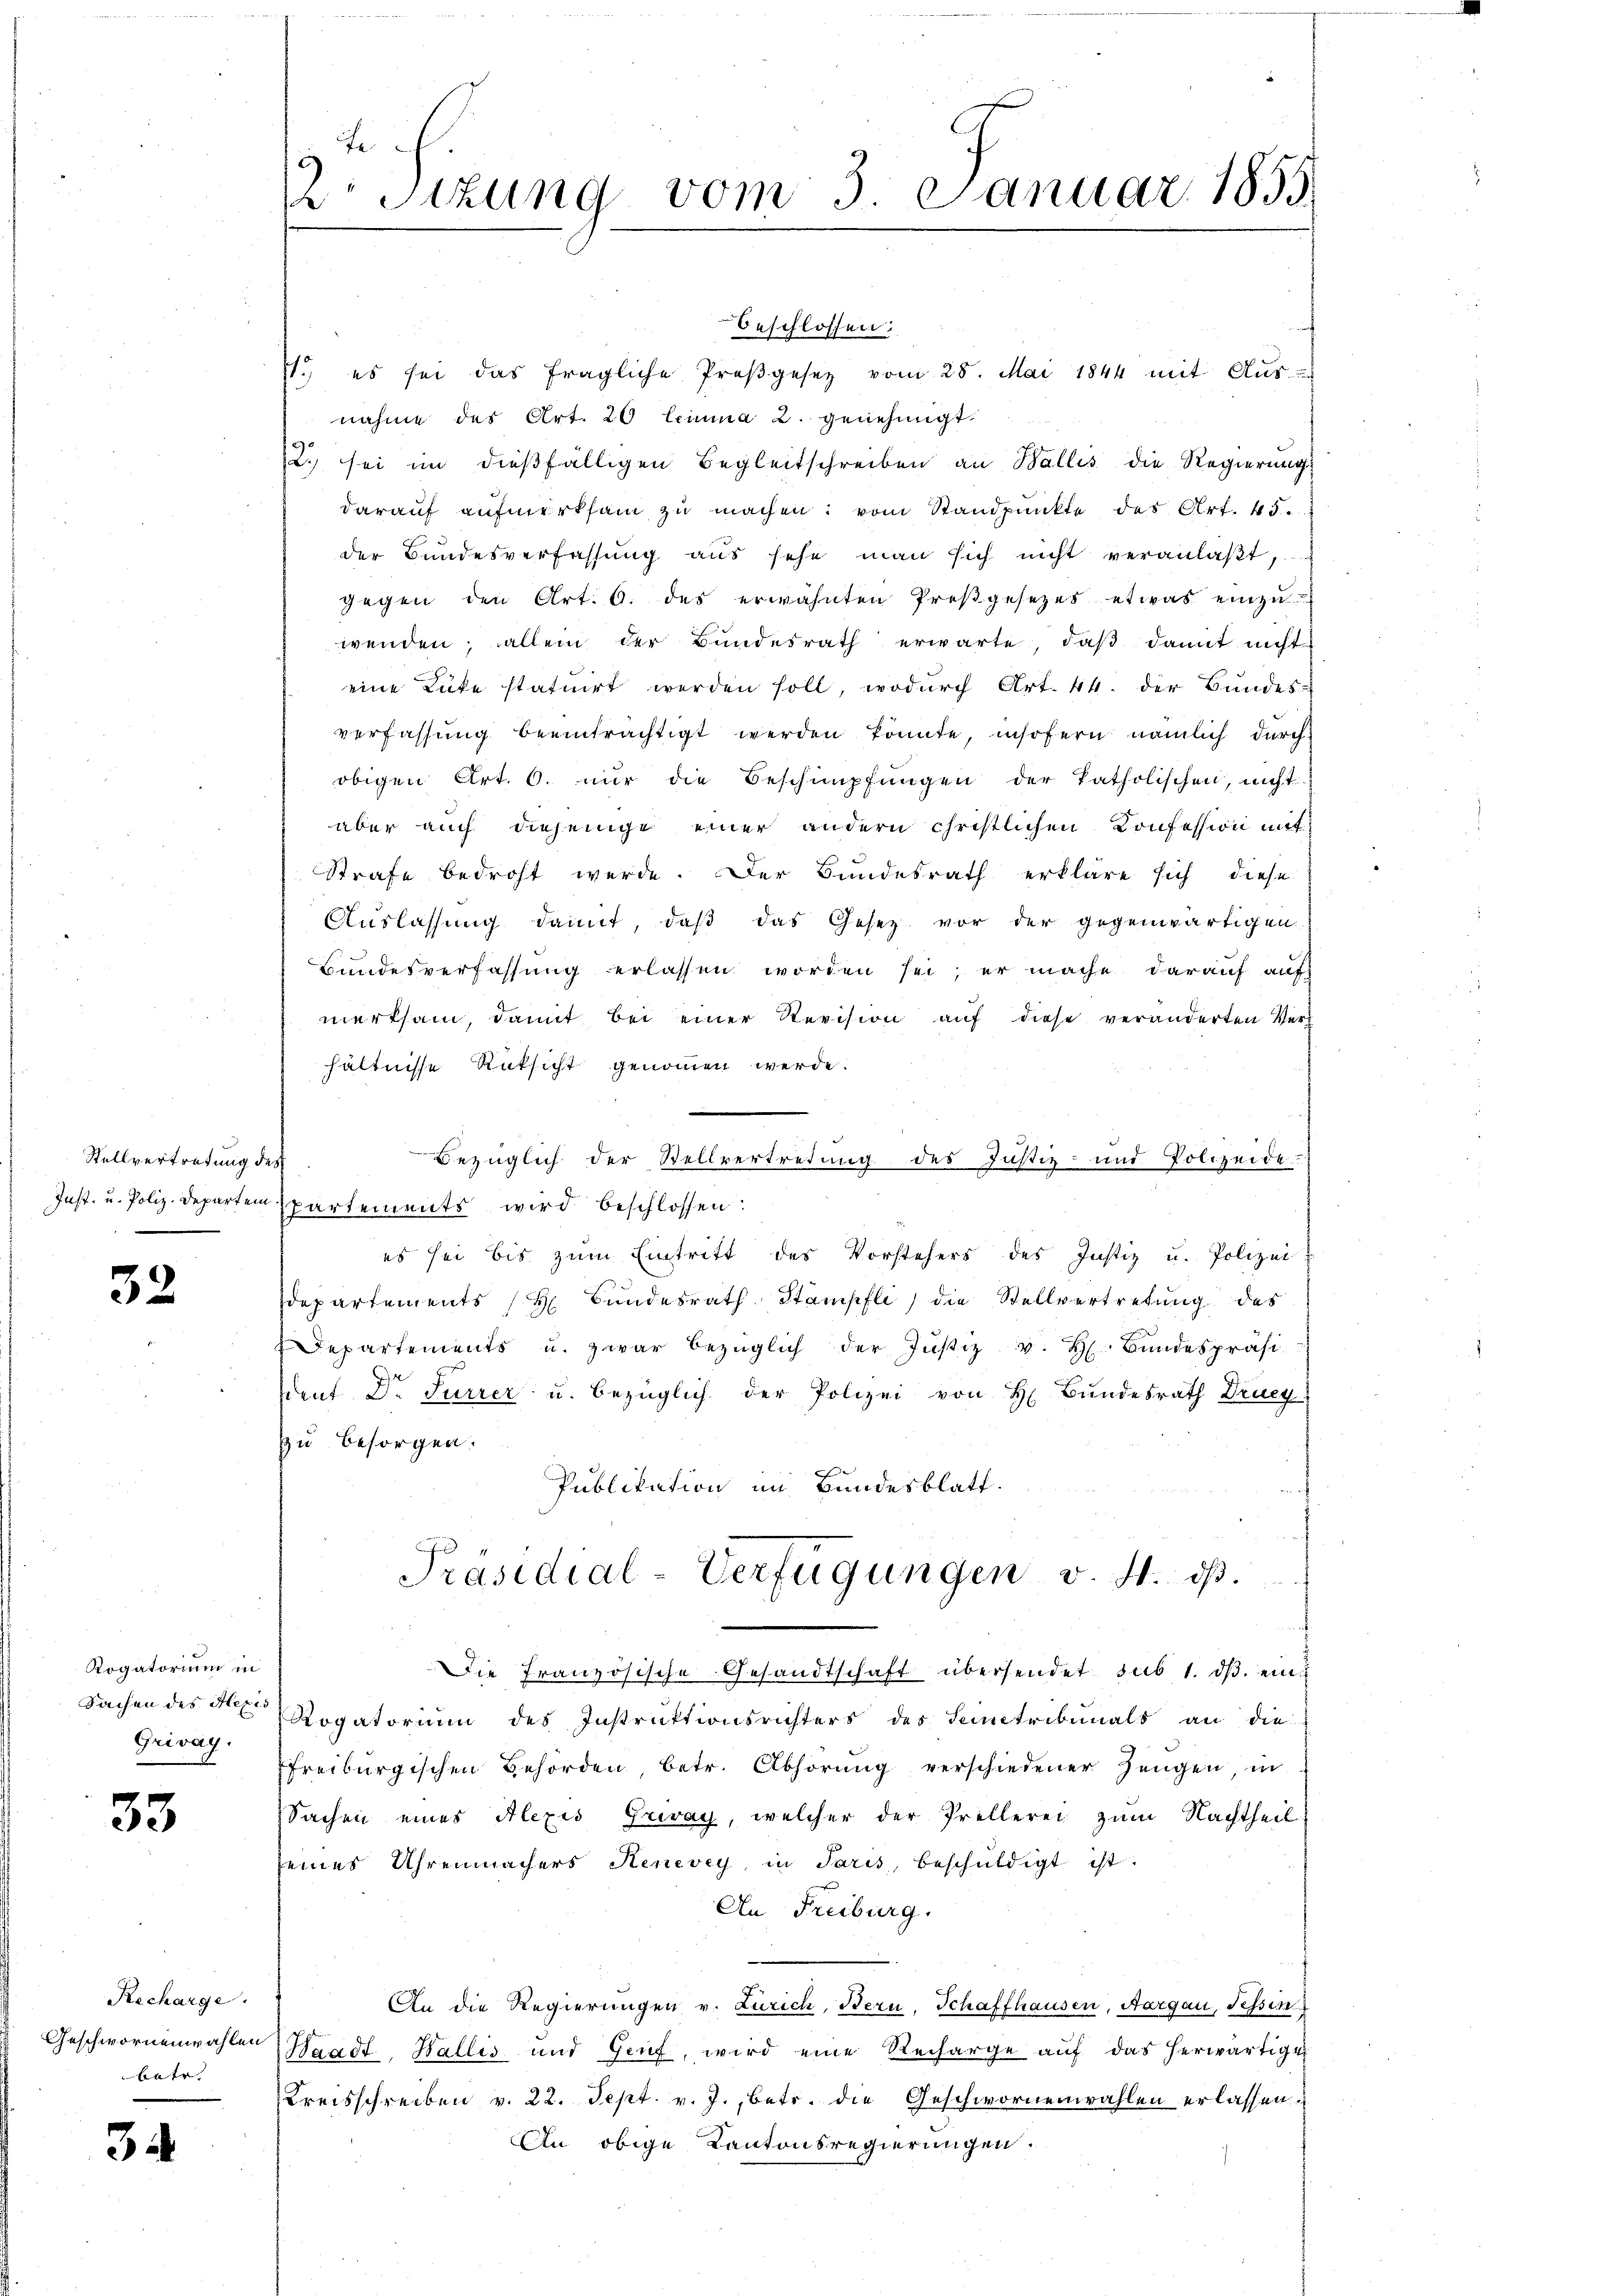
Stellvertretung des
Just, u. Poliz-Departem

32.

Rogatorium in
Sachen des Mexis
Grivag.

33

Recharge.
Geschwornenwahlen
batr.

3.

fe
2 Sizung vom 3. Januar 1855.

beschlossen:
s.) es sei das fragliche Proβgesetz vom 28. Mai 1844 mit Aus-
nahme des Art. 20 lemma 2. genehmigt.
2.) sei im dießfälligen Begleitschreiben an Wallis die Regierung
darauf aufmerksam zu machen; vom Standpunkte des Art. 45.
der Bundesverfassung aus sehe man sich nicht veranlaßt,
gegen den Art. 6. des erwähnten Preßgesetzes etwas einzuwenden; allein der Bundesrath erwarte, daß damit nicht
eine Lücke statuirt werden soll, wodurch Art. 44. der Bundes-
verfassung beeinträchtigt werden könnte, insofern nämlich durch
obigen Art. 6. nur die Beschimpfungen der katholischen, nicht
aber auch diejenige einer andern christlichen Konfession mit
Strafe bedroht werde. Der Bundesrath erkläre sich diese
Auslassung damit, daß das Gesetz vor der gegenwärtigen
Bundesverfassung erlassen worden sei; er mache darauf auf
merksam, damit bei einer Revision auf diese veränderten Verhältnisse Rüksicht genommen werde.
1.
Bezüglich der Stellvertretung des Justiz- und Polizeide:
spartements wird beschlossen:
es sei bis zum Eintritt des Vorstehers des Justiz u. Polizei
departements (H Bundesrath Stampfli, die Stellvertretung des
Departements u. zwar bezüglich der Justiz v. H. Bundespräsi
Ident Dr. Furrer u. bezüglich der Polizei von H. Bundesrath Drucy
zu besorgen.
Publikation im Bundesblatt.
Präsidial-Verfügungen v. 4. ds.
Die Französische Gesandtschaft übersendet sub 1. ds. ein¬
Rogatorium des Instrŭktionsrichters des Semmetribunals an die
Freiburgischen Behörden, betr. Abhörung verschiedener Zeugen, in
Sachen eines Alexis Grevay, welcher der Prellerei zum Nachtheil
seines Uhrenmachers Henevey, in Paris, beschŭldigt ist.
An Freiburg.
An die Regierungen v. Zürich, Bern, Schaffhausen, Aargau, Tessin
Waadt, Wallis und Genf, wird eine Recharge auf das herwärtige
Kreisschreiben v. 22. Sept. v. J., betr. die Geschwornenwahlen erlassen.
An obige Kantonsregierungen.